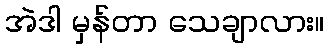
အဲဒါ မှန်တာ သေချာလား။